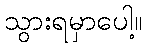
သွားရမှာပေါ့။